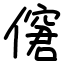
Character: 僒